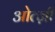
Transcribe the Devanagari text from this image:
ओत्ज़ी